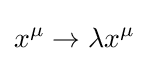
x^{\mu }\to \lambda x^{\mu }